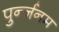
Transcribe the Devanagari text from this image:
पुर्न्जनम